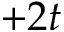
+ 2 t